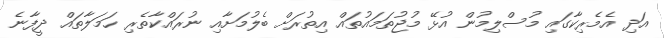
އަދި އެމެރިކާގައި މުސްލިމުން އުޅޭ މުޖުތަމައުތައް އިތުރަށް ބެލުމަށާއި ނުރައްކާތެރި ހަމަލާތައް ދީފާނެ